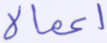
أعمالا